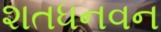
શતધનવન